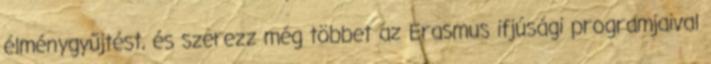
élménygyűjtést, és szerezz még többet az Erasmus ifjúsági programjaival